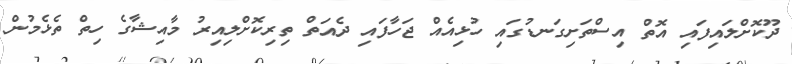
ދޫކޮށްލައިފައި އޮތް އިސްތަށިގަނޑުގައި ހުޅިއެއް ޖަހާފައި ދެއަތް ތިރިކޮށްލިއިރު މާއިޝާގެ ހިތް ތެޅެމުން